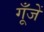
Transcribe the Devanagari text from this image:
गूँजें